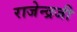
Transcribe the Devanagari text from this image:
राजेन्द्रजी